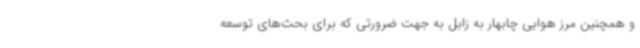
و همچنین مرز هوایی چابهار به زابل به جهت ضرورتی که برای بحث‌های توسعه